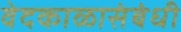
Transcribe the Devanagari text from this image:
वेदकाळासंबंधी